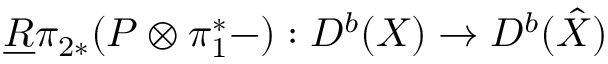
\underline { { { R } } } \pi _ { 2 * } ( { \cal P } \otimes \pi _ { 1 } ^ { * } - ) : D ^ { b } ( X ) \rightarrow D ^ { b } ( \hat { X } )